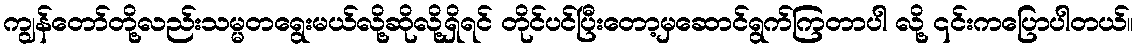
ကျွန်တော်တို့လည်းသမ္မတရွေးမယ်လို့ဆိုလို့ရှိရင် တိုင်ပင်ပြီးတော့မှဆောင်ရွက်ကြတာပါ လို့ ၎င်းကပြောပါတယ်။